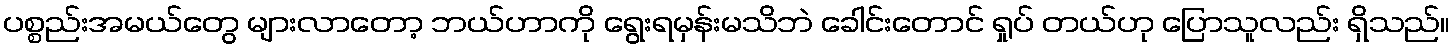
ပစ္စည်းအမယ်တွေ များလာတော့ ဘယ်ဟာကို ရွေးရမှန်းမသိဘဲ ခေါင်းတောင် ရှုပ် တယ်ဟု ပြောသူလည်း ရှိသည်။